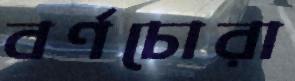
বর্ণচোরা